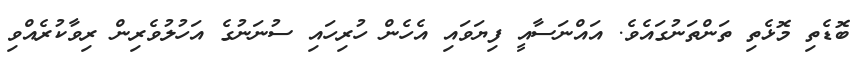
ބޮޑެތި މޮޅެތި ތަންތަނުގައެވެ. އައްނަސާއީ ފިޔަވައި އެހެން ހުރިހައި ސުނަނުގެ އަހުލުވެރިން ރިވާކުރެއްވި